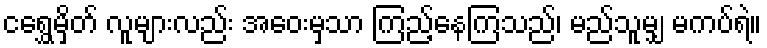
ငရွှေမှိတ် လူများလည်း အဝေးမှသာ ကြည့်နေကြသည်၊ မည်သူမျှ မကပ်ရဲ။